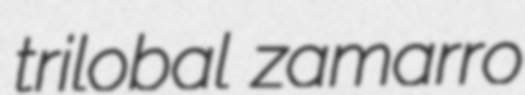
trilobal zamarro